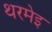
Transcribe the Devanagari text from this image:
थरमेइ